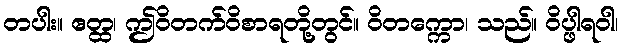
တပါး။ ဧတ္ထ၊ ဤဝိတက်ဝိစာရတို့တွင်။ ဝိတက္ကော၊ သည်။ ဝိပ္ဖါရဝါ၊